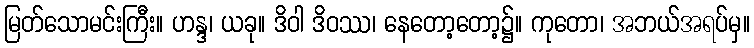
မြတ်သောမင်းကြီး။ ဟန္ဒ၊ ယခု။ ဒိဝါ ဒိဝဿ၊ နေတော့တော့၌။ ကုတော၊ အဘယ်အရပ်မှ။